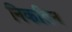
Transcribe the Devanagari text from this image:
निकतिन